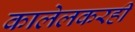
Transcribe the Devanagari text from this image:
कालेलकरही